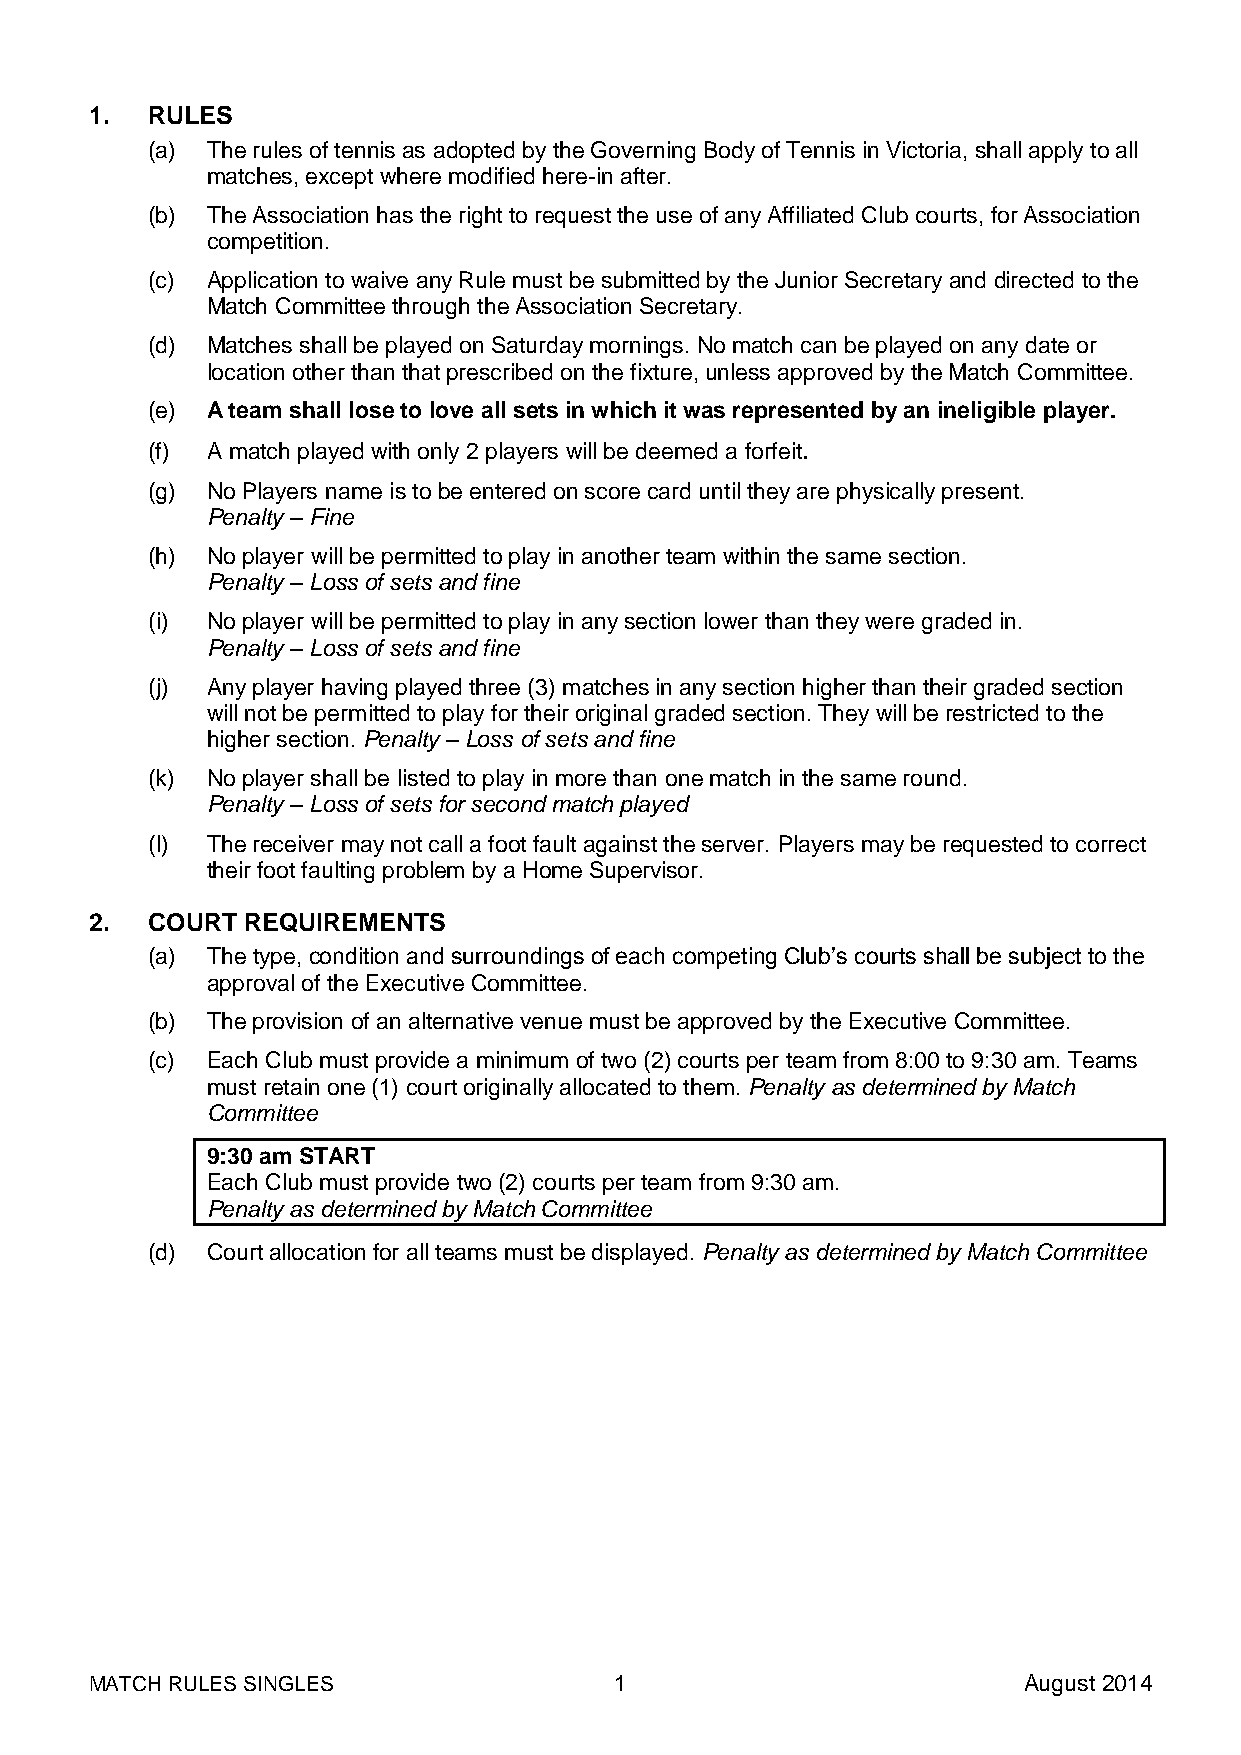
1.  RULES
 (a) The rules of tennis as adopted by the Governing Body of Tennis in Victoria, shall apply to all
 matches, except where modified here-in after.
 (b) The Association has the right to request the use of any Affiliated Club courts, for Association
 competition.
 (c) Application to waive any Rule must be submitted by the Junior Secretary and directed to the
 Match Committee through the Association Secretary.
 (d) Matches shall be played on Saturday mornings. No match can be played on any date or
 location other than that prescribed on the fixture, unless approved by the Match Committee.
 (e) A team shall lose to love all sets in which it was represented by an ineligible player.
 (f) A match played with only 2 players will be deemed a forfeit.
 (g) No Players name is to be entered on score card until they are physically present.
 Penalty – Fine
 (h) No player will be permitted to play in another team within the same section.
 Penalty – Loss of sets and fine
 (i) No player will be permitted to play in any section lower than they were graded in.
 Penalty – Loss of sets and fine
 (j) Any player having played three (3) matches in any section higher than their graded section
 will not be permitted to play for their original graded section. They will be restricted to the
 higher section. Penalty – Loss of sets and fine
 (k) No player shall be listed to play in more than one match in the same round.
 Penalty – Loss of sets for second match played
 (l) The receiver may not call a foot fault against the server. Players may be requested to correct
 their foot faulting problem by a Home Supervisor.
 2.  COURT REQUIREMENTS
 (a) The type, condition and surroundings of each competing Club’s courts shall be subject to the
 approval of the Executive Committee.
 (b) The provision of an alternative venue must be approved by the Executive Committee.
 (c) Each Club must provide a minimum of two (2) courts per team from 8:00 to 9:30 am. Teams
 must retain one (1) court originally allocated to them. Penalty as determined by Match
 Committee
 9:30 am START
 Each Club must provide two (2) courts per team from 9:30 am.
 Penalty as determined by Match Committee
 (d) Court allocation for all teams must be displayed. Penalty as determined by Match Committee
 MATCH RULES SINGLES                1                          August 2014